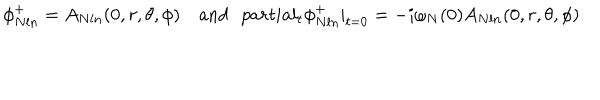
LaTeX: \phi _ { N l n } ^ { + } = A _ { N l n } ( 0 , r , \theta , \phi ) \mathrm { a n d } \ \ \, p a r t i a l _ { t } \phi _ { N l n } ^ { + } | _ { t = 0 } = - i \omega _ { N } ( 0 ) A _ { N l n } ( 0 , r , \theta , \phi ) .